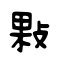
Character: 敤